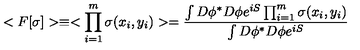
< F [ \sigma ] > \equiv < \prod _ { i = 1 } ^ { m } \sigma ( x _ { i } , y _ { i } ) > = { \frac { \int D \phi ^ { * } D \phi e ^ { i S } \prod _ { i = 1 } ^ { m } \sigma ( x _ { i } , y _ { i } ) } { \int D \phi ^ { * } D \phi e ^ { i S } } }